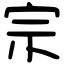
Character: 宗